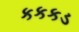
કકકડ